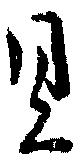
具